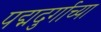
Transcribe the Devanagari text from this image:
पद्मदुर्गाच्या